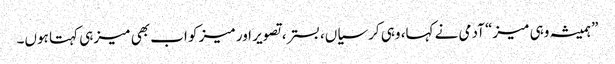
”ہمیشہ وہی میز“ آدمی نے کہا، وہی کرسیاں، بستر، تصویر اور میز کو اب بھی میز ہی کہتا ہوں۔